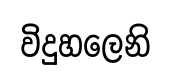
විදුහලෙනි